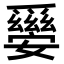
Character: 𤕀